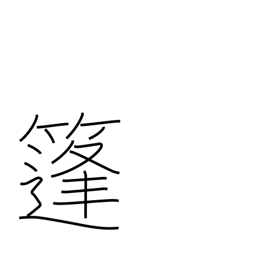
Meaning: woven rush awning